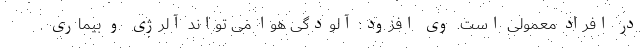
در افراد معمولی است. وی افزود: آلودگی هوا می تواند آلرژی و بیماری